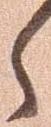
之